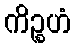
ကိဉ္စဟံ